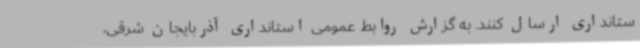
ستانداری ارسال کنند. به گزارش روابط عمومی استانداری آذربایجان شرقی،